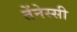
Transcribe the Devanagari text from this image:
तेंनेस्सी